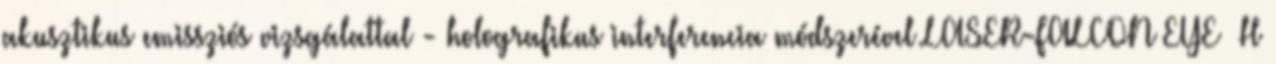
akusztikus emissziós vizsgálattal - holografikus interferencia módszerével LASER-FALCON EYE H